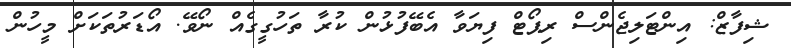
ޝިފާޒް: އިންޓަލިޖެންސް ރިޕޯޓް ފިޔަވާ އެބޭފުޅުން ކުރާ ތަހުގީގެއް ނޯވޭ. އޯޑަރުތަކަށް މީހުން